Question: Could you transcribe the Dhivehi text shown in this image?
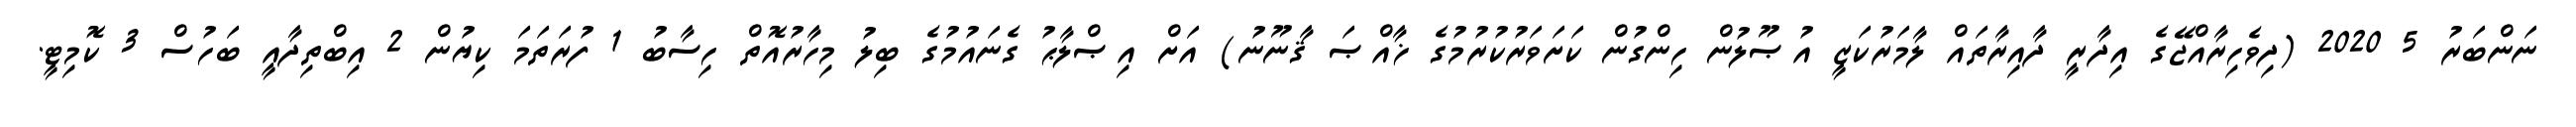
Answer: ނަންބަރު 5 2020 (ދިވެހިރާއްޖޭގެ އިދާރީ ދާއިރާތައް ލާމަރުކަޒީ އުޞޫލުން ހިންގުން ކަށަވަރުކުރުމުގެ ޚާއްޞަ ޤާނޫނު) އަށް އިޞްލާޙު ގެނައުމުގެ ބިލު މިހާރުއޮތް ހިސާބު 1 ފުރަތަމަ ކިޔުން 2 އިބްތިދާއީ ބަހުސް 3 ކޮމިޓީ.